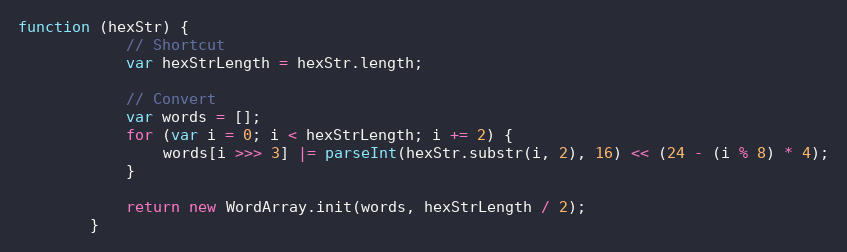
Language: JavaScript
function (hexStr) {
            // Shortcut
            var hexStrLength = hexStr.length;

            // Convert
            var words = [];
            for (var i = 0; i < hexStrLength; i += 2) {
                words[i >>> 3] |= parseInt(hexStr.substr(i, 2), 16) << (24 - (i % 8) * 4);
            }

            return new WordArray.init(words, hexStrLength / 2);
        }